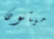
ميتون